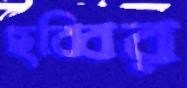
ছব্বির